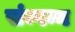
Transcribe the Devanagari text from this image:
संम्पन्न